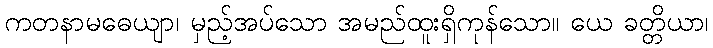
ကတနာမဓေယျာ၊ မှည့်အပ်သော အမည်ထူးရှိကုန်သော။ ယေ ခတ္တိယာ၊